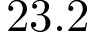
2 3 . 2